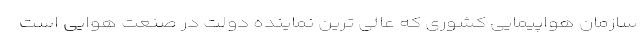
سازمان هواپیمایی کشوری که عالی ترین نماینده دولت در صنعت هوایی است